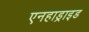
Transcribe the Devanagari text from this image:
एनहाड्राइड